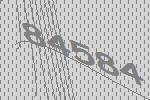
84584